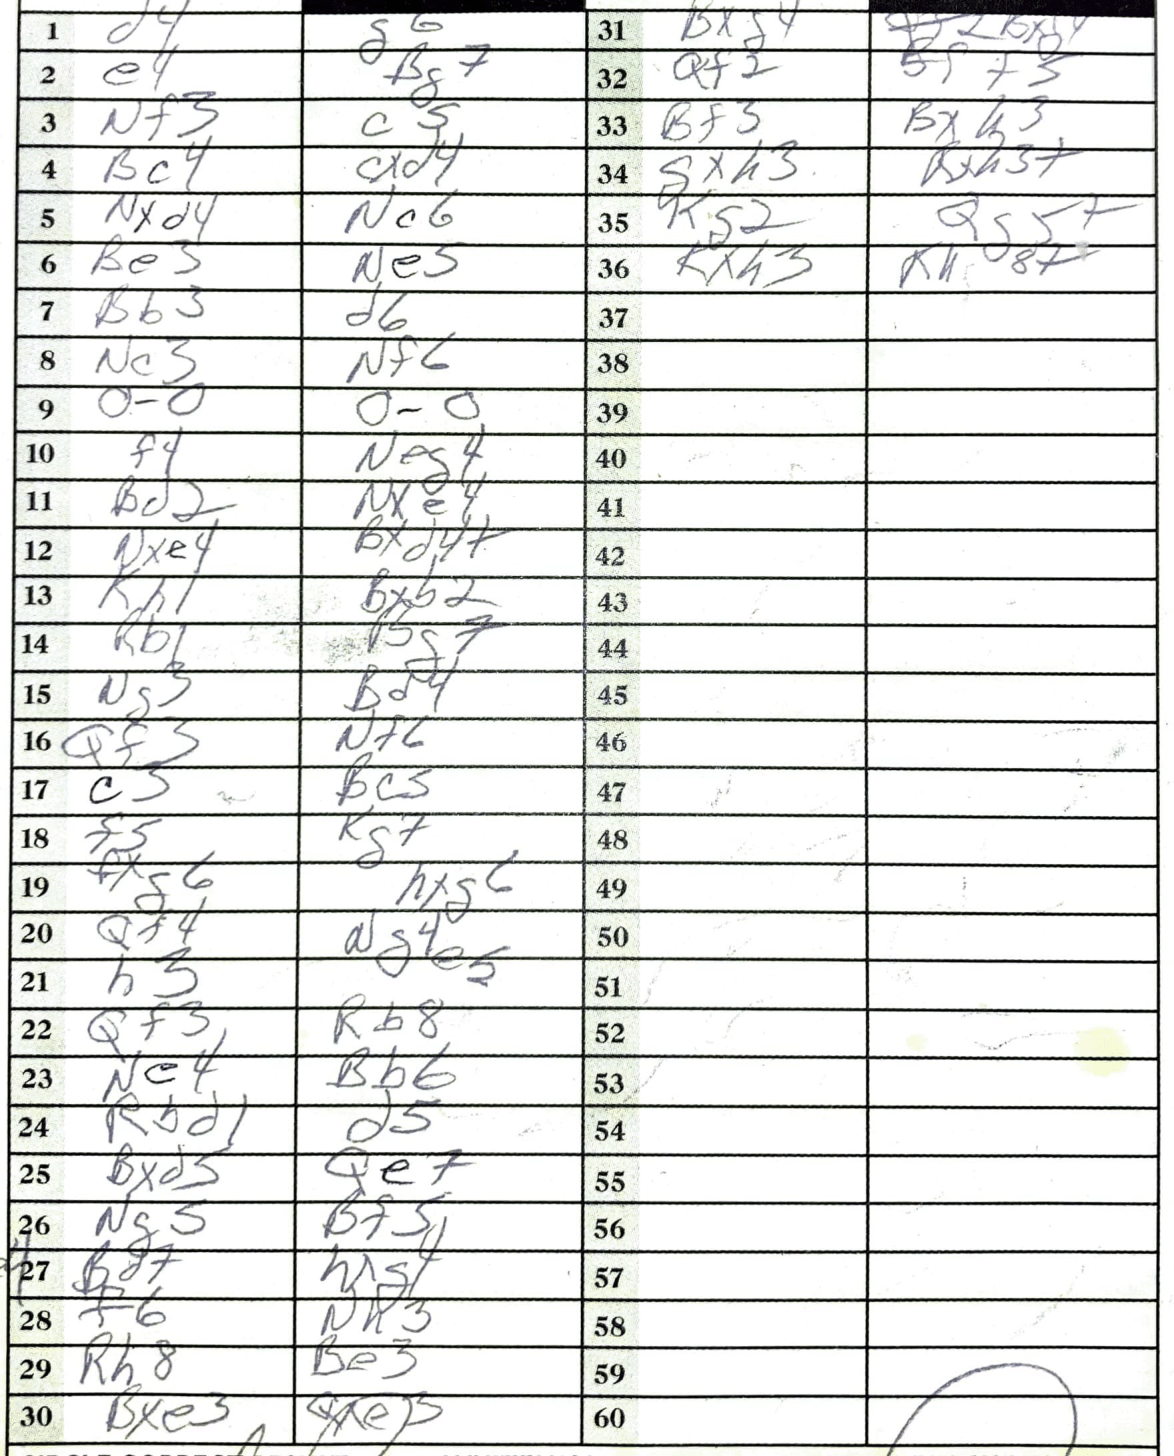
Moves: d4 g6 e4 Bg7 Nf3 c5 Bc4 cxd4 Nxd4 Nc6 Be3 Ne5 Bb3 d6 Nc3 Nf6 O-O O-O f4 Neg4 Bd2 Nxe4 Nxe4 Bxd4+ Kh1 Bxb2 Rb1 Bg7 Ng3 Bd4 Qf3 Nf6 c3 Bc5 f5 Kg7 fxg6 hxg6 Qf4 h3 Qf3 Rb8 Ne4 Bb6 Rbd1 d5 Bxd5 Qe7 Ng5 Bf5 Bd7 f6 Nh3 Rh8 Be3 Bxe3 Qxe3 Bxg4 Qf2 Bf+3 Bf3 Bxh3 gxh3 Rxh3+ Kg2 Qg5+ Kxh3 Kh8+